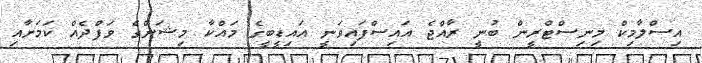
އިސްލާމިކް މިނިސްޓްރީން ބުނީ ރާއްޖެ އައިސްފައިވަނީ އައިޑީބީގެ މައްކާ މިޝަންގެ ވަފްދެއް ކަމަށާއި